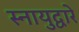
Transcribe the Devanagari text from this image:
स्नायुद्वारे